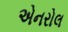
એનરોલ